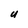
Character: U